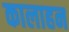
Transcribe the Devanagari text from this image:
कालाहन